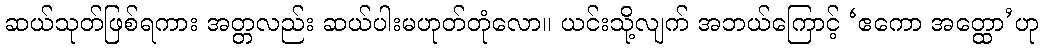
ဆယ်သုတ်ဖြစ်ရကား အတ္တလည်း ဆယ်ပါးမဟုတ်တုံလော။ ယင်းသို့လျက် အဘယ်ကြောင့် ‘ဧကော အတ္ထော’ဟု